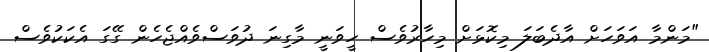
"މަންމާ އަވަހަށް އާދެބަލަ މިކޮޅަށް މިހާރުވެސް ހީވަނީ މާގިނަ ދުވަސްވެއްޖެހެން ގޭގަ އެކަކުވެސް